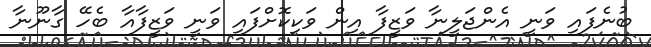
ބުނެފައި ވަނީ އެންޖަލީނާ ވަޒީފާ އިން ވަކިކޮށްފައި ވަނީ ވަޒީފާއާ ބެހޭ ގާނޫނާ